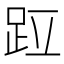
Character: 𫏁